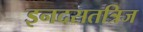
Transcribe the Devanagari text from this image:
इनदसतत्रिज